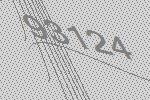
93124